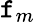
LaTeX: \mathtt{f}_{m}